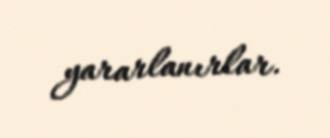
yararlanırlar.